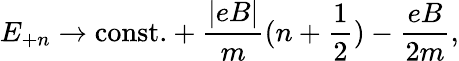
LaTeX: E_{+n}\rightarrow\mathrm{const.}+\frac{|eB|}{m}(n+{\frac{1}{2}})-\frac{eB}{2m},